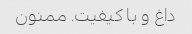
داغ و با کیفیت. ممنون